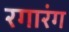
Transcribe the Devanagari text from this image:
रगारंग